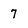
Character: 7